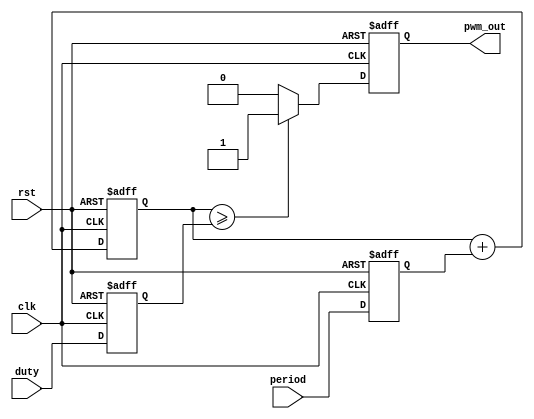
// This program was cloned from: https://github.com/Manistein/let-us-build-a-computer-system
// License: MIT License

`timescale 1ns / 1ps
//////////////////////////////////////////////////////////////////////////////////
//  ov5640 lcd display                                                          //
//                                                                              //
//          msq@qq.com                                                          //
//          ALINX(shanghai) Technology Co.,Ltd                                  //
//          heijin                                                              //
//     WEB: http://www.alinx.cn/                                                //
//     BBS: http://www.heijin.org/                                              //
//                                                                              //
//////////////////////////////////////////////////////////////////////////////////
//                                                                              //
// Copyright (c) 2017,ALINX(shanghai) Technology Co.,Ltd                        //
//                    All rights reserved                                       //
//                                                                              //
// This source file may be used and distributed without restriction provided    //
// that this copyright statement is not removed from the file and that any      //
// derivative work contains the original copyright notice and the associated    //
// disclaimer.                                                                  //
//                                                                              //
//////////////////////////////////////////////////////////////////////////////////

//================================================================================
//   Description:  pwm model
//   pwm out period = frequency(pwm_out) * (2 ** N) / frequency(clk);
//
//================================================================================
//  Revision History:
//  Date          By            Revision    Change Description
//--------------------------------------------------------------------------------
//  2017/5/3     meisq          1.0         Original
//********************************************************************************/
module ax_pwm
#(
	parameter N = 16 //pwm bit width 
)
(
    input         clk,
    input         rst,
    input[N - 1:0]period,
    input[N - 1:0]duty,
    output        pwm_out 
    );
 
reg[N - 1:0] period_r;
reg[N - 1:0] duty_r;
reg[N - 1:0] period_cnt;
reg pwm_r;
assign pwm_out = pwm_r;
always@(posedge clk or posedge rst)
begin
    if(rst==1)
    begin
        period_r <= { N {1'b0} };
        duty_r <= { N {1'b0} };
    end
    else
    begin
        period_r <= period;
        duty_r   <= duty;
    end
end

always@(posedge clk or posedge rst)
begin
    if(rst==1)
        period_cnt <= { N {1'b0} };
    else
        period_cnt <= period_cnt + period_r;
end

always@(posedge clk or posedge rst)
begin
    if(rst==1)
    begin
        pwm_r <= 1'b0;
    end
    else
    begin
        if(period_cnt >= duty_r)
            pwm_r <= 1'b1;
        else
            pwm_r <= 1'b0;
    end
end

endmodule